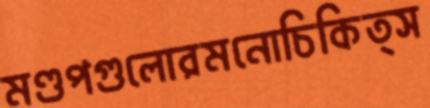
মণ্ডপগুলোরমনোচিকিত্স